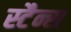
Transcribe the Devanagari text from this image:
स्टैन्स